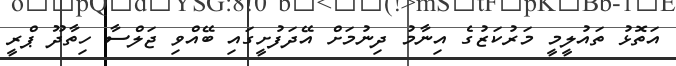
އަތޮޅު ތައުލީމީ މަރުކަޒުގެ އިނާމު ދިނުމަށް އޭދަފުށީގައި ބޭއްވި ޖަލްސާ ހިތާދޫ ޕްރީ